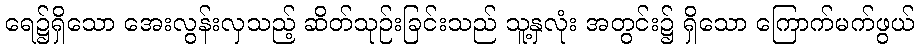
ရေ၌ရှိသော အေးလွန်းလှသည့် ဆိတ်သုဉ်းခြင်းသည် သူ့နှလုံး အတွင်း၌ ရှိသော ကြောက်မက်ဖွယ်